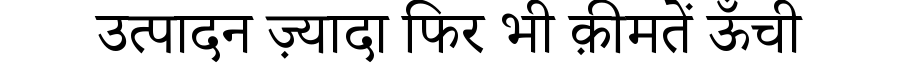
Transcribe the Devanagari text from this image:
उत्पादन ज़्यादा फिर भी क़ीमतें ऊँची